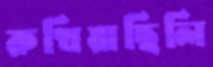
রুখিয়াছিলি